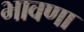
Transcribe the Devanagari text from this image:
भावणा